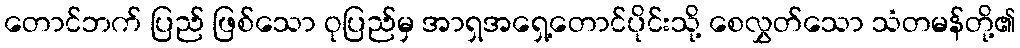
တောင်ဘက် ပြည် ဖြစ်သော ဝုပြည်မှ အာရှအရှေ့တောင်ပိုင်းသို့ စေလွှတ်သော သံတမန်တို့၏